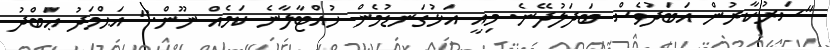
"ސަރުކާރުން އަބަދުވެސް ބަދަލުދޭނެ. މިއީ އަޅުގަނޑުމެން ހުއްޓާލާނެ ކަމެއް ނޫން." އަޙްމަދު ޢަބްދު